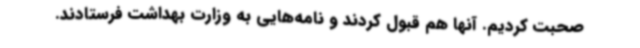
صحبت کردیم. آنها هم قبول کردند و نامه‌هایی به وزارت بهداشت فرستادند.